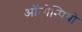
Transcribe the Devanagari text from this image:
ऑन्गेन्पियो